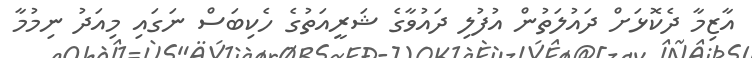
އާޒިމާ ދެކޮޅަށް ދައުލަތުން އުފުލި ދައުވާގެ ޝަރީއަތުގެ ހެކިބަސް ނަގައި މިއަދު ނިމުމާ